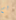
لم